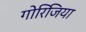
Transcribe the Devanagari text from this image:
गोरिजिया